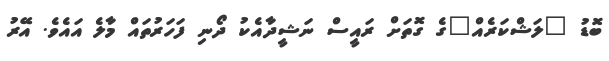
ބޮޑު "ލަޝްކަރެއް"ގެ ގޮތަށް ރައީސް ނަޝީދާއެކު ދޯނި ފަހަރުތައް މާލެ އައެވެ. އޭރު